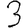
Digit: 3